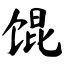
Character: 馄